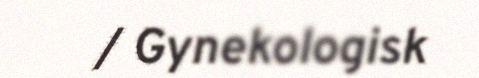
/ Gynekologisk